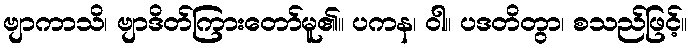
ဗျာကာသိ၊ ဗျာဒိတ်ကြားတော်မူ၏။ ပကန၊ ဝါ။ ပဒတိတွာ၊ စသည်ဖြင့်။